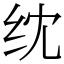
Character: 𬘘